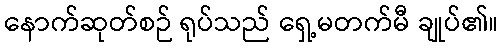
နောက်ဆုတ်စဉ် ရုပ်သည် ရှေ့မတက်မီ ချုပ်၏။